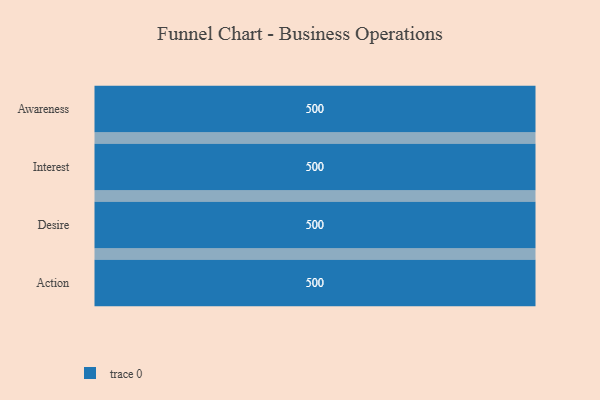
{"axis": {"x": "Stage", "y": "Value"}, "legend": [""], "data": [{"x": "Awareness", "y": 500, "type": ""}, {"x": "Interest", "y": 500, "type": ""}, {"x": "Desire", "y": 500, "type": ""}, {"x": "Action", "y": 500, "type": ""}]}